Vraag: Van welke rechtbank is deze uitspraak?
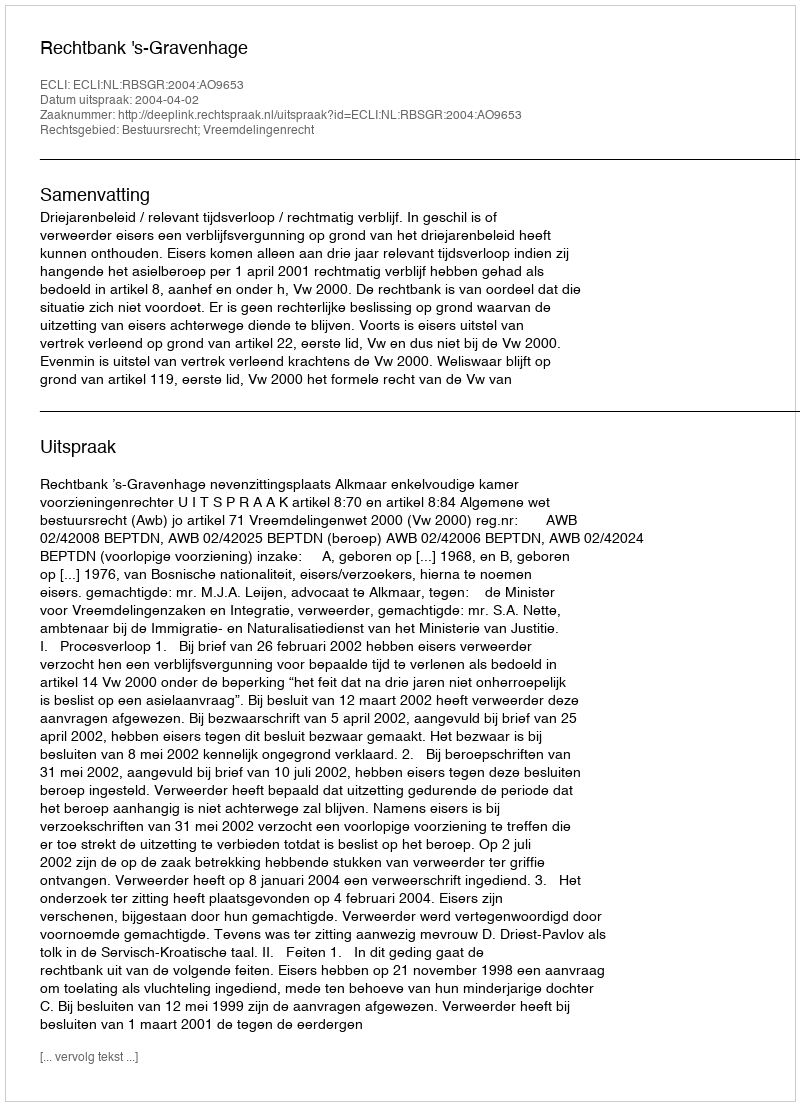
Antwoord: Rechtbank 's-Gravenhage